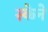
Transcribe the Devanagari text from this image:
स्केने